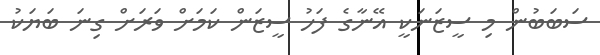
ސަބަބުން މި ސީޒަނަކީ އޭނާގެ ފަހު ސީޒަން ކަމަށް ވަރަށް ގިނަ ބަޔަކު